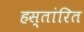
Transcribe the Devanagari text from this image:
हस्तांरित